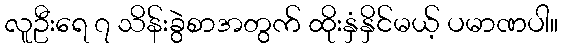
လူဦးရေ ၇ သိန်းခွဲစာအတွက် ထိုးနှံနှိင်မယ့် ပမာဏပါ။